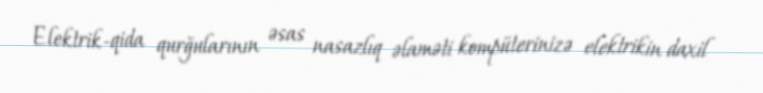
Elektrik-qida qurğularının əsas nasazlıq əlaməti kompüterinizə elektrikin daxil